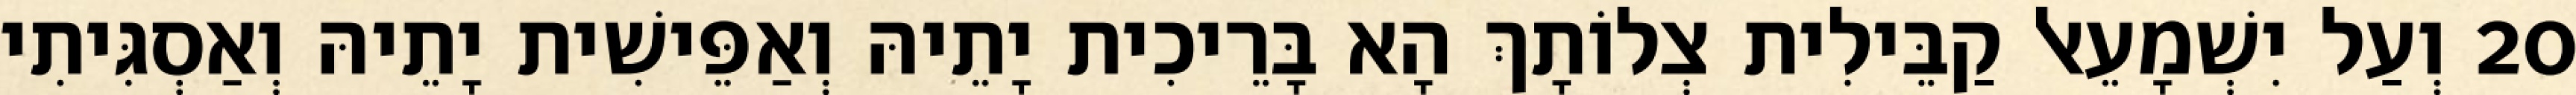
20 וְעַל יִשְׁמָעֵאל קַבֵּילִית צְלוֹתָךְ הָא בָּרֵיכִית יָתֵיהּ וְאַפֵּישִׁית יָתֵיהּ וְאַסְגִּיתִי